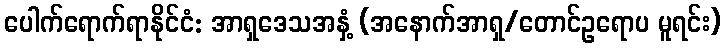
ပေါက်ရောက်ရာနိုင်ငံ: အာရှဒေသအနှံ့ (အနောက်အာရှ/တောင်ဥရောပ မူရင်း)